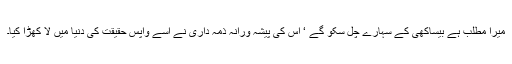
میرا مطلب ہے بیساکھی کے سہارے چل سکو گے ‘ اس کی پیشہ ورانہ ذمہ داری نے اسے واپس حقیقت کی دنیا میں لا کھڑا کیا۔